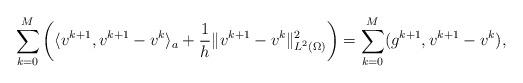
LaTeX: \begin{align*} \sum_{k=0}^M\left(\langle v^{k+1}, v^{k+1}-v^k\rangle_a+\frac1h\|v^{k+1}-v^k\|_{L^2(\Omega)}^2\right)= \sum_{k=0}^M(g^{k+1},v^{k+1}-v^k),\end{align*}